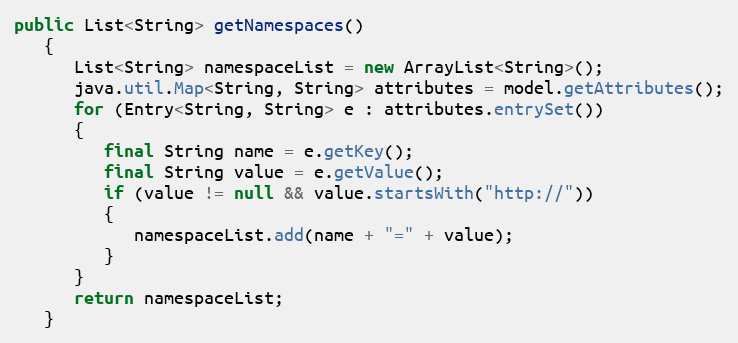
Language: Java
public List<String> getNamespaces()
   {
      List<String> namespaceList = new ArrayList<String>();
      java.util.Map<String, String> attributes = model.getAttributes();
      for (Entry<String, String> e : attributes.entrySet())
      {
         final String name = e.getKey();
         final String value = e.getValue();
         if (value != null && value.startsWith("http://"))
         {
            namespaceList.add(name + "=" + value);
         }
      }
      return namespaceList;
   }